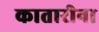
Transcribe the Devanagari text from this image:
कातारीना